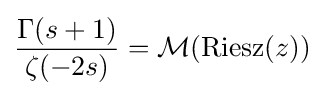
{\frac {\Gamma (s+1)}{\zeta (-2s)}}={\mathcal {M}}({\rm {Riesz}}(z))